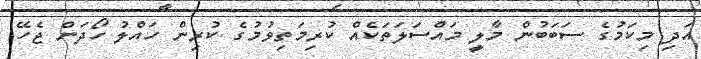
އަދި މިކަމުގެ ސަބަބުން މާލީ މައްސަލަތަކެއް ކުރިމަތިވުމުގެ ކުރިން ހައްލު ހޯދަން ޖެހޭ